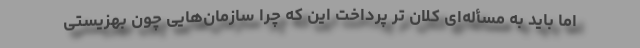
اما باید به مسأله‌ای کلان تر پرداخت این که چرا سازمان‌هایی چون بهزیستی